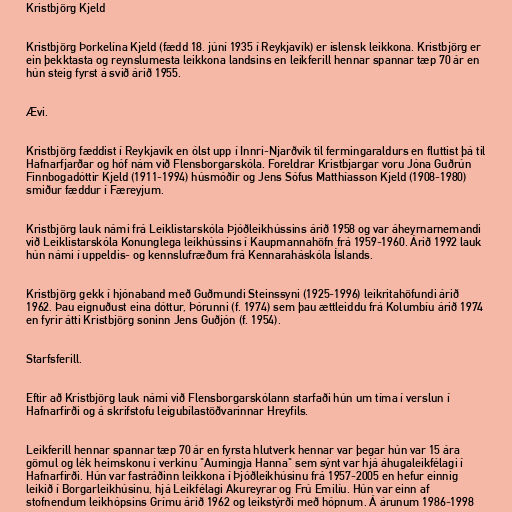
Kristbjörg Kjeld

Kristbjörg Þorkelína Kjeld (fædd 18. júní 1935 í Reykjavík) er íslensk leikkona. Kristbjörg er
ein þekktasta og reynslumesta leikkona landsins en leikferill hennar spannar tæp 70 ár en
hún steig fyrst á svið árið 1955.

Ævi.

Kristbjörg fæddist í Reykjavík en ólst upp í Innri-Njarðvík til fermingaraldurs en fluttist þá til
Hafnarfjarðar og hóf nám við Flensborgarskóla. Foreldrar Kristbjargar voru Jóna Guðrún
Finnbogadóttir Kjeld (1911-1994) húsmóðir og Jens Sófus Matthíasson Kjeld (1908-1980)
smiður fæddur í Færeyjum.

Kristbjörg lauk námi frá Leiklistarskóla Þjóðleikhússins árið 1958 og var áheyrnarnemandi
við Leiklistarskóla Konunglega leikhússins í Kaupmannahöfn frá 1959-1960. Árið 1992 lauk
hún námi í uppeldis- og kennslufræðum frá Kennaraháskóla Íslands.

Kristbjörg gekk í hjónaband með Guðmundi Steinssyni (1925-1996) leikritahöfundi árið
1962. Þau eignuðust eina dóttur, Þórunni (f. 1974) sem þau ættleiddu frá Kolumbíu árið 1974
en fyrir átti Kristbjörg soninn Jens Guðjón (f. 1954).

Starfsferill.

Eftir að Kristbjörg lauk námi við Flensborgarskólann starfaði hún um tíma í verslun í
Hafnarfirði og á skrifstofu leigubílastöðvarinnar Hreyfils.

Leikferill hennar spannar tæp 70 ár en fyrsta hlutverk hennar var þegar hún var 15 ára
gömul og lék heimskonu í verkinu "Aumingja Hanna" sem sýnt var hjá áhugaleikfélagi í
Hafnarfirði. Hún var fastráðinn leikkona í Þjóðleikhúsinu frá 1957-2005 en hefur einnig
leikið í Borgarleikhúsinu, hjá Leikfélagi Akureyrar og Frú Emilíu. Hún var einn af
stofnendum leikhópsins Grímu árið 1962 og leikstýrði með hópnum. Á árunum 1986-1998